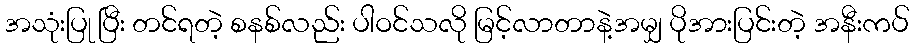
အသုံးပြု ပြီး တင်ရတဲ့ စနစ်လည်း ပါဝင်သလို မြင့်လာတာနဲ့အမျှ ပိုအားပြင်းတဲ့ အနီးကပ်